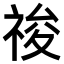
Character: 𥚂